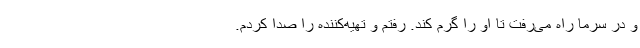
و در سرما راه می‌رفت تا او را گرم کند. رفتم و تهیه‌کننده را صدا کردم.